Vaccination North-Western Provinces and Oudh 1896-1901 - 1896-1901
Year: 1896
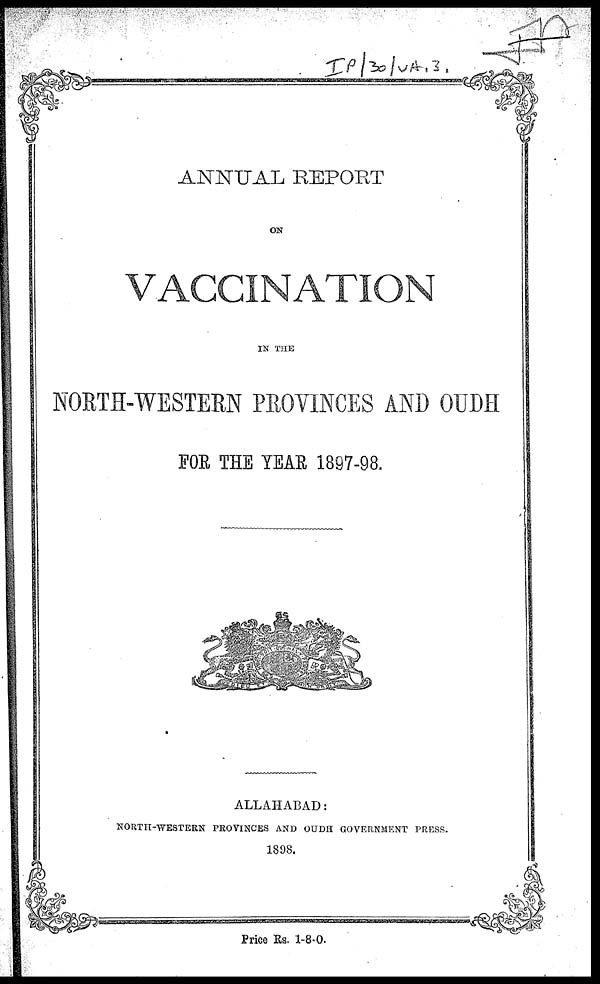
ANNUAL REPORT
ON
VACCINATION
IN THE
NORTH-WESTERN PROVINCES AND OUDH
FOR THE YEAR 1897-98.
ALLAHABAD:
NORTH-WESTERN PROVINCES AND OUDH GOVERNMENT PRESS.
1898.
Price Rs. 1-8-0.